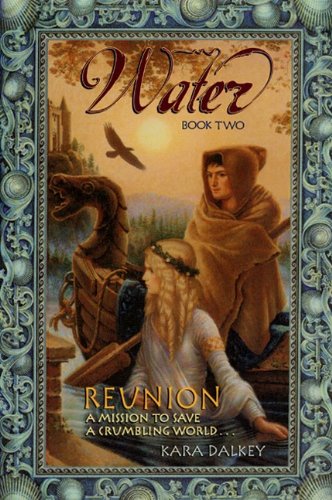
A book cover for Reunion (Turtleback School & Library Binding Edition); Kara Dalkey; Teen & Young Adult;